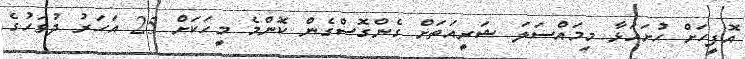
އޮފީހަށް ހުށައަޅާ މިމައްސަލަ ޝަރީއަތަށް ގެންގޮސްގެން ކޮންމެ މީހަކަށް 25 އަހަރު ދުވަހުގެ